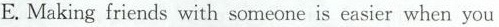
E. Making friends with someone is easier when you